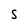
Character: S